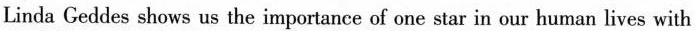
Linda Geddes shows us the importance of one star in our human lives with